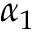
\alpha _ { 1 }